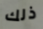
ذلك